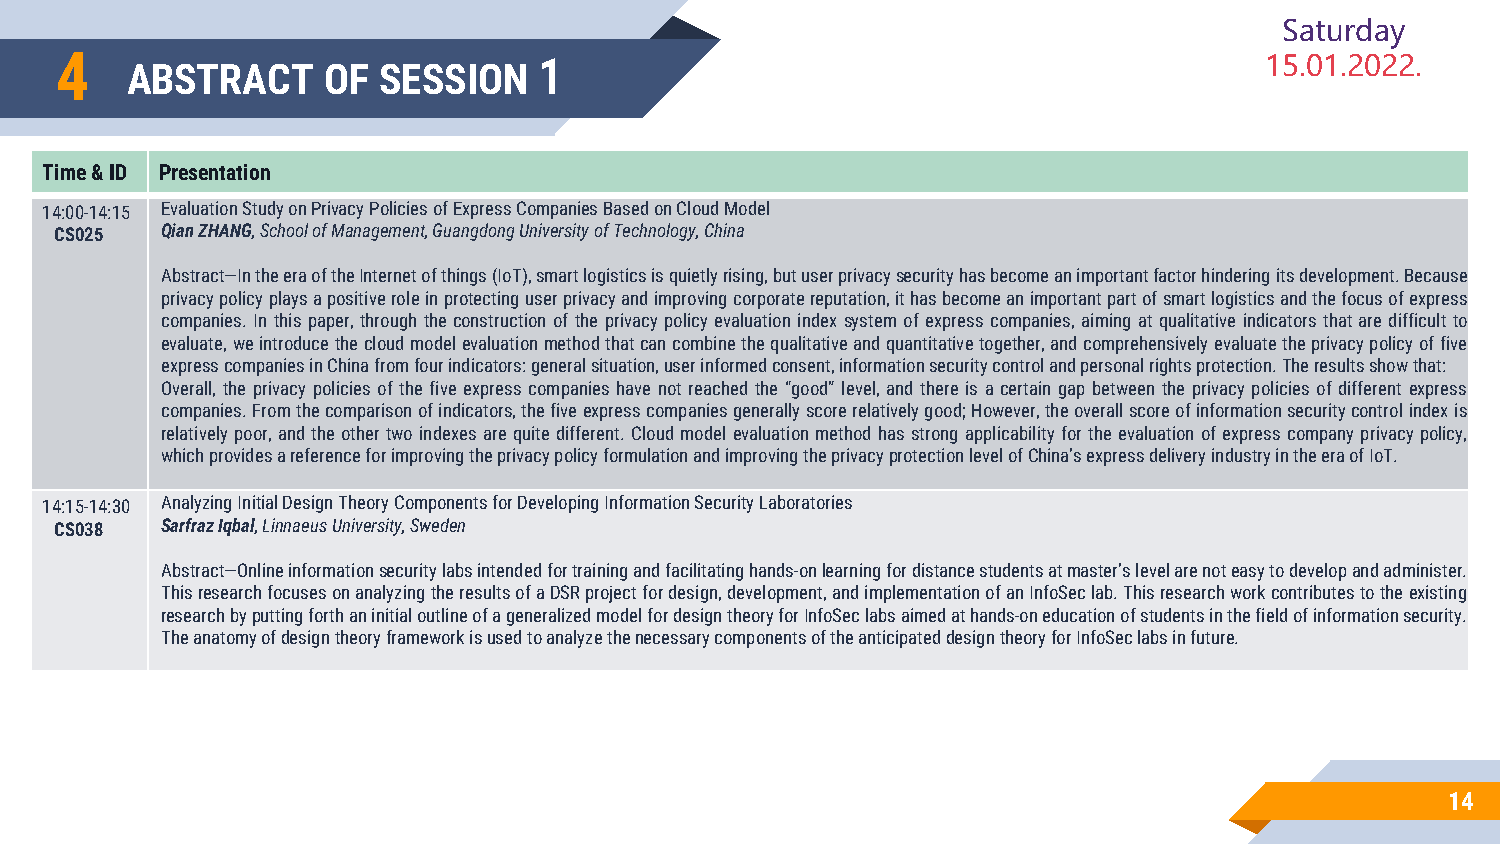
Saturday
 4                               1                                               15.01.2022.
 ABSTRACT     OF  SESSION
 Time & ID Presentation
 14:00-14:15 Evaluation Study on Privacy Policies of Express Companies Based on Cloud Model
 CS025  Qian ZHANG, School of Management, Guangdong University of Technology, China
 Abstract—IntheeraoftheInternetofthings(IoT),smartlogisticsisquietlyrising,butuserprivacysecurityhasbecomeanimportantfactorhinderingitsdevelopment.Because
 privacypolicyplaysapositiveroleinprotectinguserprivacyandimprovingcorporatereputation,ithasbecomeanimportantpartofsmartlogisticsandthefocusofexpress
 companies. In this paper, through the construction of the privacy policy evaluation index system of express companies, aiming atqualitative indicators thatare difficult to
 evaluate,weintroducethecloudmodelevaluationmethodthatcancombinethequalitativeandquantitativetogether,andcomprehensivelyevaluatetheprivacypolicyoffive
 expresscompaniesinChinafromfourindicators:generalsituation,userinformedconsent,informationsecuritycontrolandpersonalrightsprotection.Theresultsshowthat:
 Overall, the privacy policies of the five express companies have not reached the “good” level, and there is a certain gap between the privacy policies of different express
 companies.Fromthecomparisonofindicators,thefiveexpresscompaniesgenerallyscorerelativelygood;However,theoverallscoreofinformationsecuritycontrolindexis
 relatively poor,andtheother two indexesarequite different. Cloudmodel evaluation method has strong applicability for the evaluationof express company privacy policy,
 whichprovidesareferenceforimprovingtheprivacypolicyformulationandimprovingtheprivacyprotectionlevelofChina’sexpressdeliveryindustryintheeraofIoT.
 14:15-14:30 Analyzing Initial Design Theory Components for Developing Information Security Laboratories
 CS038  Sarfraz Iqbal, Linnaeus University, Sweden
 Abstract—Onlineinformationsecuritylabsintendedfortrainingandfacilitatinghands-onlearningfordistancestudentsatmaster’slevelarenoteasytodevelopandadminister.
 ThisresearchfocusesonanalyzingtheresultsofaDSRprojectfordesign,development,andimplementationofanInfoSeclab.Thisresearchworkcontributestotheexisting
 researchbyputtingforthaninitialoutlineofageneralizedmodelfordesigntheoryforInfoSeclabsaimedathands-oneducationofstudentsinthefieldofinformationsecurity.
 TheanatomyofdesigntheoryframeworkisusedtoanalyzethenecessarycomponentsoftheanticipateddesigntheoryforInfoSeclabsinfuture.
 14